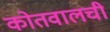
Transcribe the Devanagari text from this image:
कोतवालची